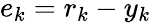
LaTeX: e_{k}=r_{k}-y_{k}